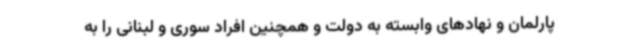
پارلمان و نهادهای وابسته به دولت و همچنین افراد سوری و لبنانی را به